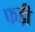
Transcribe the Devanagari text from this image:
फड़ी